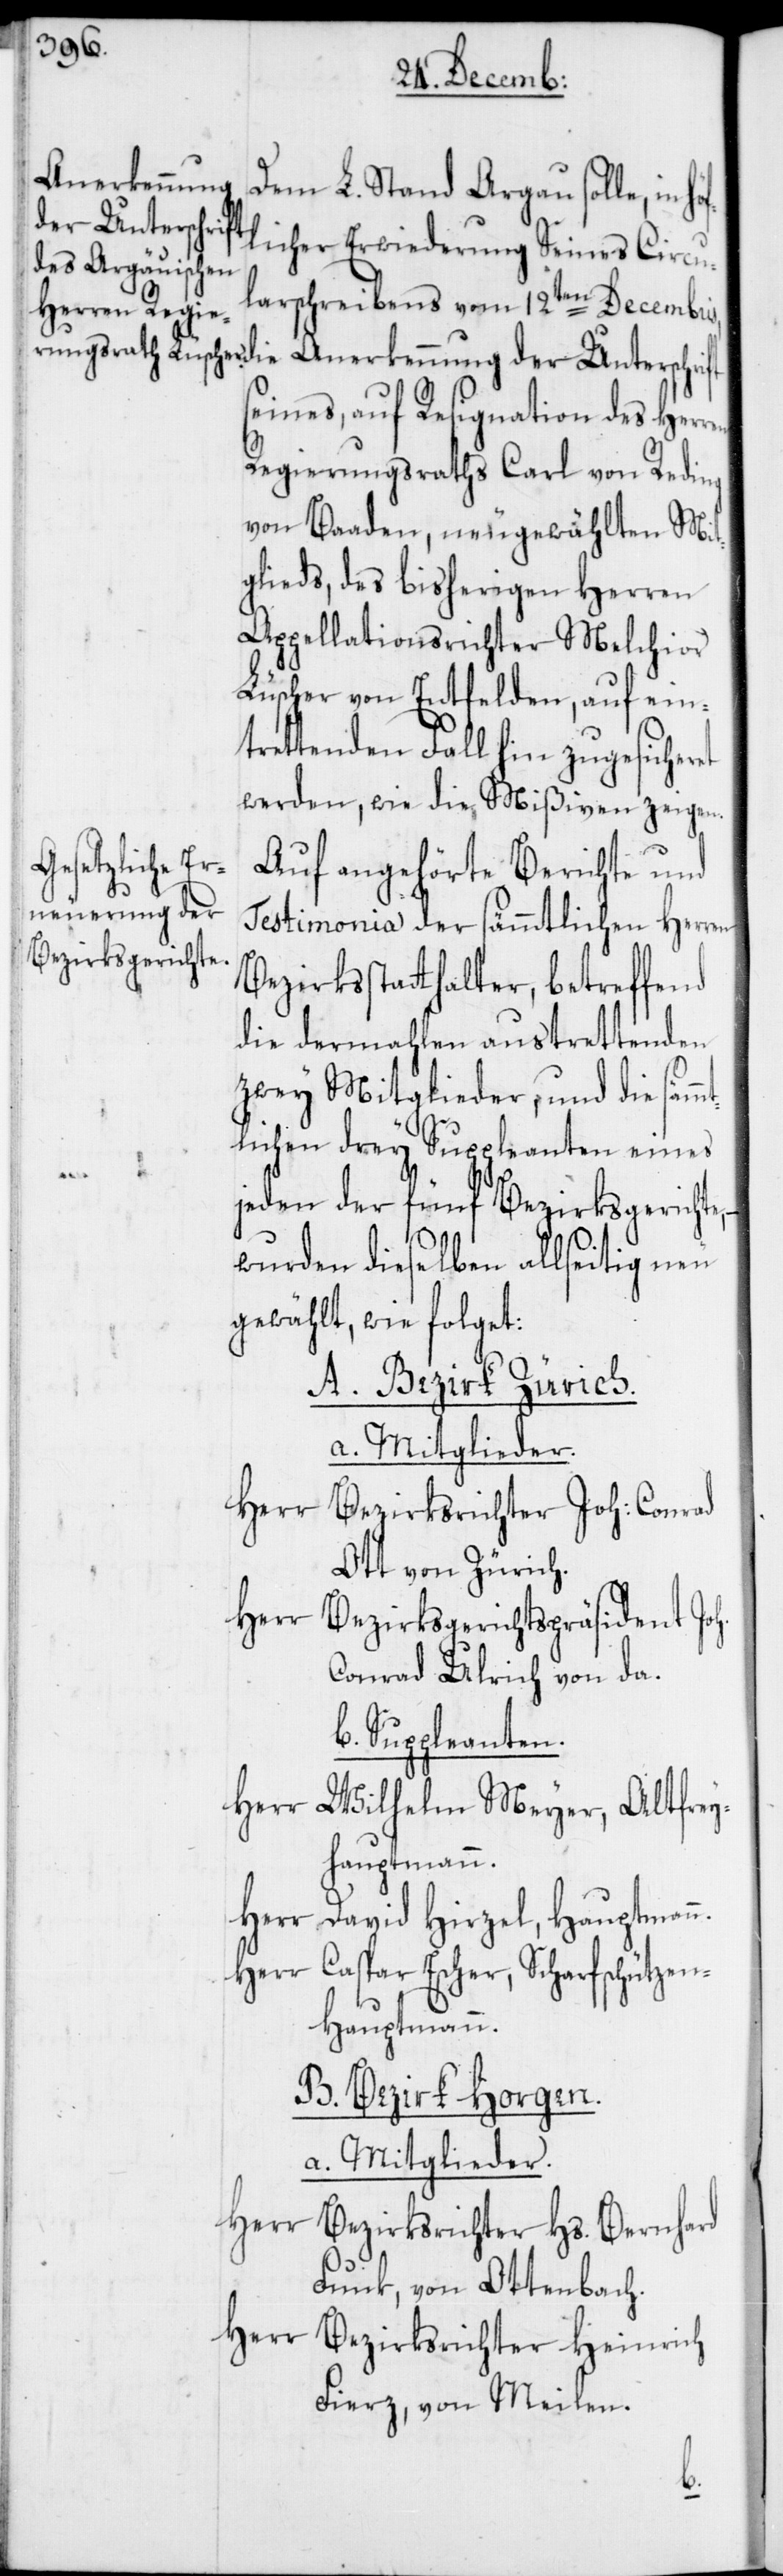
Anerkennung
Dem L. Stand Argau solle, in
der Unterschrift
licher Erwiederung Seines Circu¬
larschreibens vom 12ten Decembris,
eines, auf Resignation des Herren
Regierungsraths Carl von Reding
von Baaden, neugewählten Mit¬
glieds, des bisherigen Herren
Appellationsrichter Melchior
Lüscher von Entfelden, auf ein¬
trettenden Fall hin zugesicheret
werden, wie die Mißiven zeigen.
Auf angehörte Berichte und
Testimonia der sämmtlichen Herren
Bezirksstatthalter, betreffend
die dermahlen austrettenden
zwey Mitglieder, und die sämm¬
tlichen drey Suppleanten eines
jeden der fünf Bezirksgerichte,
wurden dieselben allseitig neu
gewählt, wie folget:
A. Bezirk Zürich.
a. Mitglieder.
Herr
Bezirksrichter Joh: Conrad
Ott von Zürich.
Herr Bezirksgerichtspräsident Joh.
Conrad Ulrich von da.
b. Suppleanten.
Herr
Wilhelm Meyer, Altfrey¬
hauptmann.
Herr
David Hirzel, Hauptmann.
Herr Caspar Escher, Scharfschütze¬
n-Hauptmann.
B. Bezirk Horgen.
a. Mitglieder.
Herr
Bezirksrichter Hs. Bernhard
Funk von Ottenbach.
Herr
Bezirksrichter Heinrich
Fierz, von Meilen.
s¬